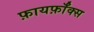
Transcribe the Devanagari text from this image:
फ़ायर्फ़ॉक्स